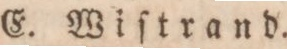
E. Wiſtrand.